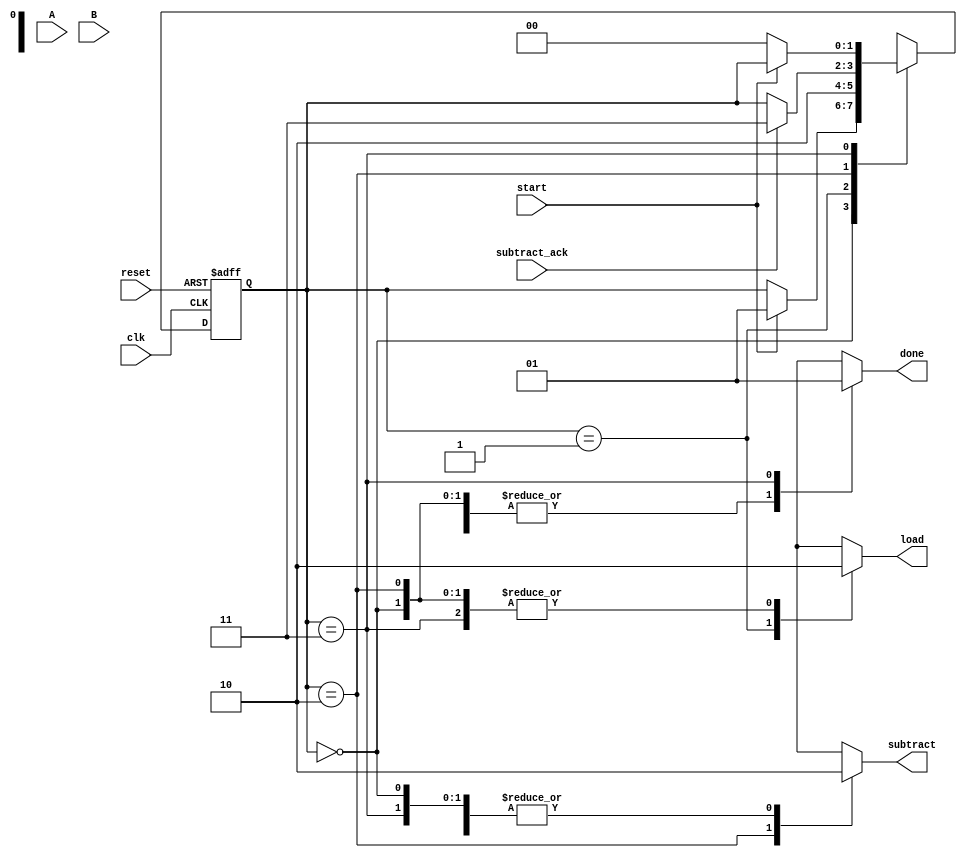
module mod_cu(
    input clk,                // Clock input
    input reset,              // Reset input
    input start,              // Start signal to initiate the computation
    input [31:0] A,           // Input operand A
    input [31:0] B,           // Input operand B
    input subtract_ack,       // Signal indicating completion of subtraction operation from mod_dp
    output reg subtract,      // Signal to trigger subtraction in mod_dp
    output reg load,          // Signal to load operands A and B into mod_dp
    output reg done           // Signal indicating completion of the modulo operation
);

    // State definitions
    parameter IDLE = 0, LOAD = 1, CALCULATE = 2, DONE_STATE = 3;
    reg [1:0] state = IDLE;     // Current state of the state machine
    reg [1:0] next_state;       // Next state for the state machine

    always @(posedge clk or posedge reset) begin
        if (reset) begin
            state <= IDLE;      // Reset the state machine to IDLE state
        end else begin
            state <= next_state; // Update the state based on the next_state value
        end
    end

    always @(*) begin
        // Default signals
        load = 0;               // Default to not loading operands
        subtract = 0;           // Default to not triggering subtraction
        done = 0;               // Default to not indicating completion
        next_state = state;     // Preserve the current state

        case (state)
            IDLE: begin
                if (start) next_state = LOAD; // Transition to LOAD state on start signal
            end
            LOAD: begin
                load = 1;            // Load operands into mod_dp
                next_state = CALCULATE;
            end
            CALCULATE: begin
                subtract = 1;        // Trigger subtraction operation
                if (subtract_ack) next_state = DONE_STATE; // Transition to DONE_STATE when subtraction is done
            end
            DONE_STATE: begin
                done = 1;            // Indicate completion of the modulo operation
                if (!start) next_state = IDLE; // Return to IDLE state when start signal goes low
            end
        endcase
    end
endmodule